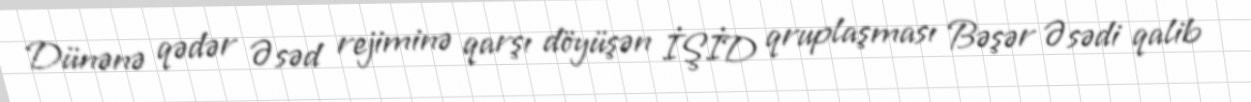
Dünənə qədər Əsəd rejiminə qarşı döyüşən İŞİD qruplaşması Bəşər Əsədi qalib